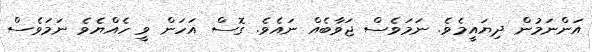
އަންނަމުން ދިޔައީމެވެ. ނަމަވެސް ޖަވާބެއް ނައެވެ. ގޮސް އަހަން ވީ ހެއްޔެވެ ނަމަވެސް